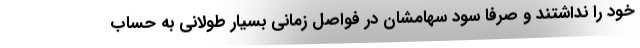
خود را نداشتند و صرفا سود سهامشان در فواصل زمانی بسیار طولانی به حساب